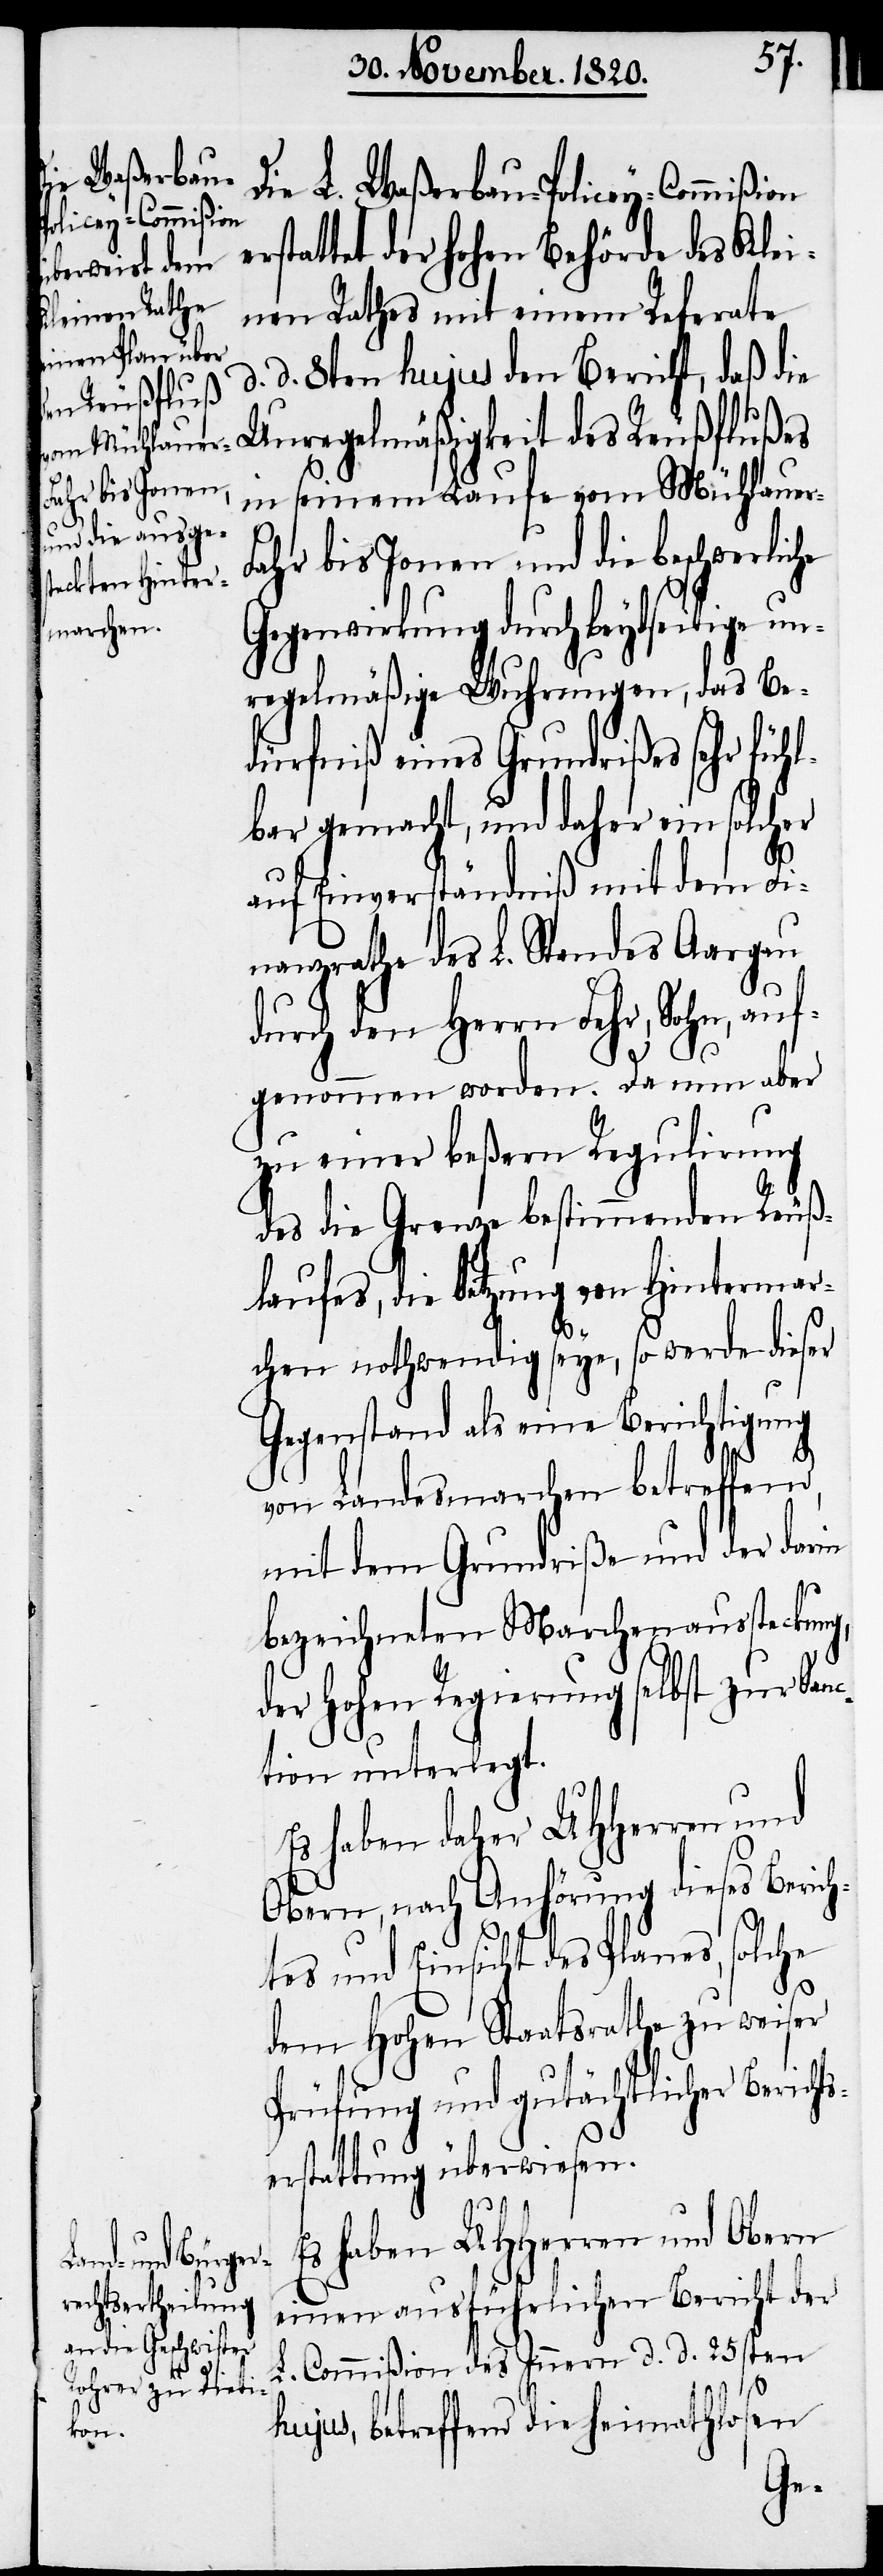
r-F¬

Die L. Waßerbau-Policey-Commißion
rstattet der hohen Behörde des Klei¬
nen Rathes mit einem Referate
d. 8ten hujus den Bericht, daß die
Unregelmäßigkeit des Reußflußes
in seinem Laufe vom Mühlaue¬
ahr bis Jonen und die beschwerliche
Gegenwirkung durch beydseitige un¬
regelmäßige Wuhrungen, das Be¬
dürfniß eines Grundrißes sehr füh¬
lbar gemacht, und daher ein solcher
auf Einverständniß mit dem Fi¬
nanzrathe des L. Standes Aargau
durch den Herrn Fehr, Sohn, auf¬
genommen worden. Da nun aber
zu einer beßern Regulirung
des die Grenze bestimmenden Reuß¬
laufes, die Setzung von Hintermar¬
chen nothwendig seye, so werde dieser
Gegenstand als eine Berichtigung
von Landesmarchen betreffend,
mit dem Grundriße und der darin
bezeichneten Marchenaussteckung,
der hohen Regierung selbst zur San¬
ction unterlegt.
Es haben daher UHHerren und
Obern, nach Anhörung dieses Berich¬
tes und Einsicht des Planes, solche
dem Hohen Staatsrathe zu weiser
Prüfung und gutächtlicher Beric¬
erstattung überwiesen.
Es haben UHHerren und Obern
einen ausführlichen Bericht der
L. Commißion des Innern d. d. 25sten
hujus, betreffend die heimathlosen
hts¬